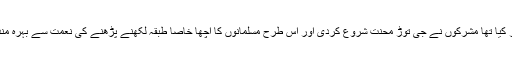
بس پھر کیا تھا مشرکوں نے جی توڑ محنت شروع کردی اور اس طرح مسلمانوں کا اچھا خاصا طبقہ لکھنے پڑھنے کی نعمت سے بہرہ مند ہوگیا۔